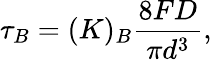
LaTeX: \tau_{B}=(K)_{B}\frac{8FD}{\pi d^{3}},